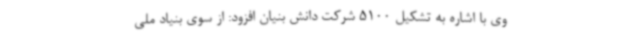
وی با اشاره به تشکیل 5100 شرکت دانش بنیان افزود: از سوی بنیاد ملی